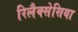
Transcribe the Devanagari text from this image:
रिलैक्सेसिया